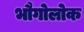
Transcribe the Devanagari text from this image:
भौगोलोक